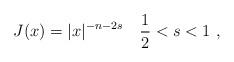
LaTeX: \begin{align*}J(x)=|x|^{-n-2s}\quad\frac{1}{2}<s<1~,\end{align*}